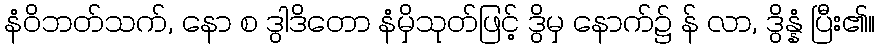
နံဝိဘတ်သက်, နော စ ဒွါဒိတော နံမှိသုတ်ဖြင့် ဒွိမှ နောက်၌ န် လာ, ဒွိန္နံ ပြီး၏။